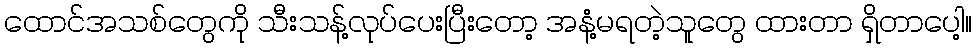
ထောင်အသစ်တွေကို သီးသန့်လုပ်ပေးပြီးတော့ အနံ့မရတဲ့သူတွေ ထားတာ ရှိတာပေါ့။